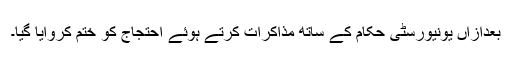
بعدازاں یونیورسٹی حکام کے ساتھ مذاکرات کرتے ہوئے احتجاج کو ختم کروایا گیا۔